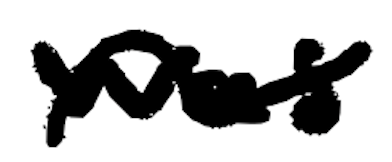
Text: was
Cross-out: wave
Writing tool: digital_black